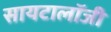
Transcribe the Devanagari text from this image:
सायटालॉजी